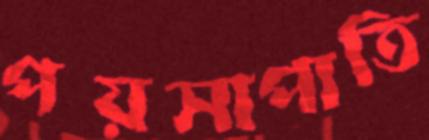
পয়সাপাতি